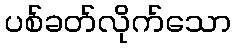
ပစ်ခတ်လိုက်သော